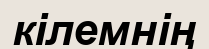
кілемнің